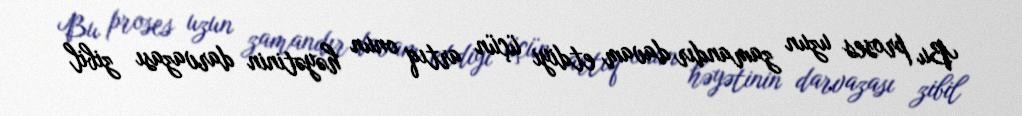
Bu proses uzun zamandır davam etdiyi üçün artıq onun həyətinin darvazası zibil